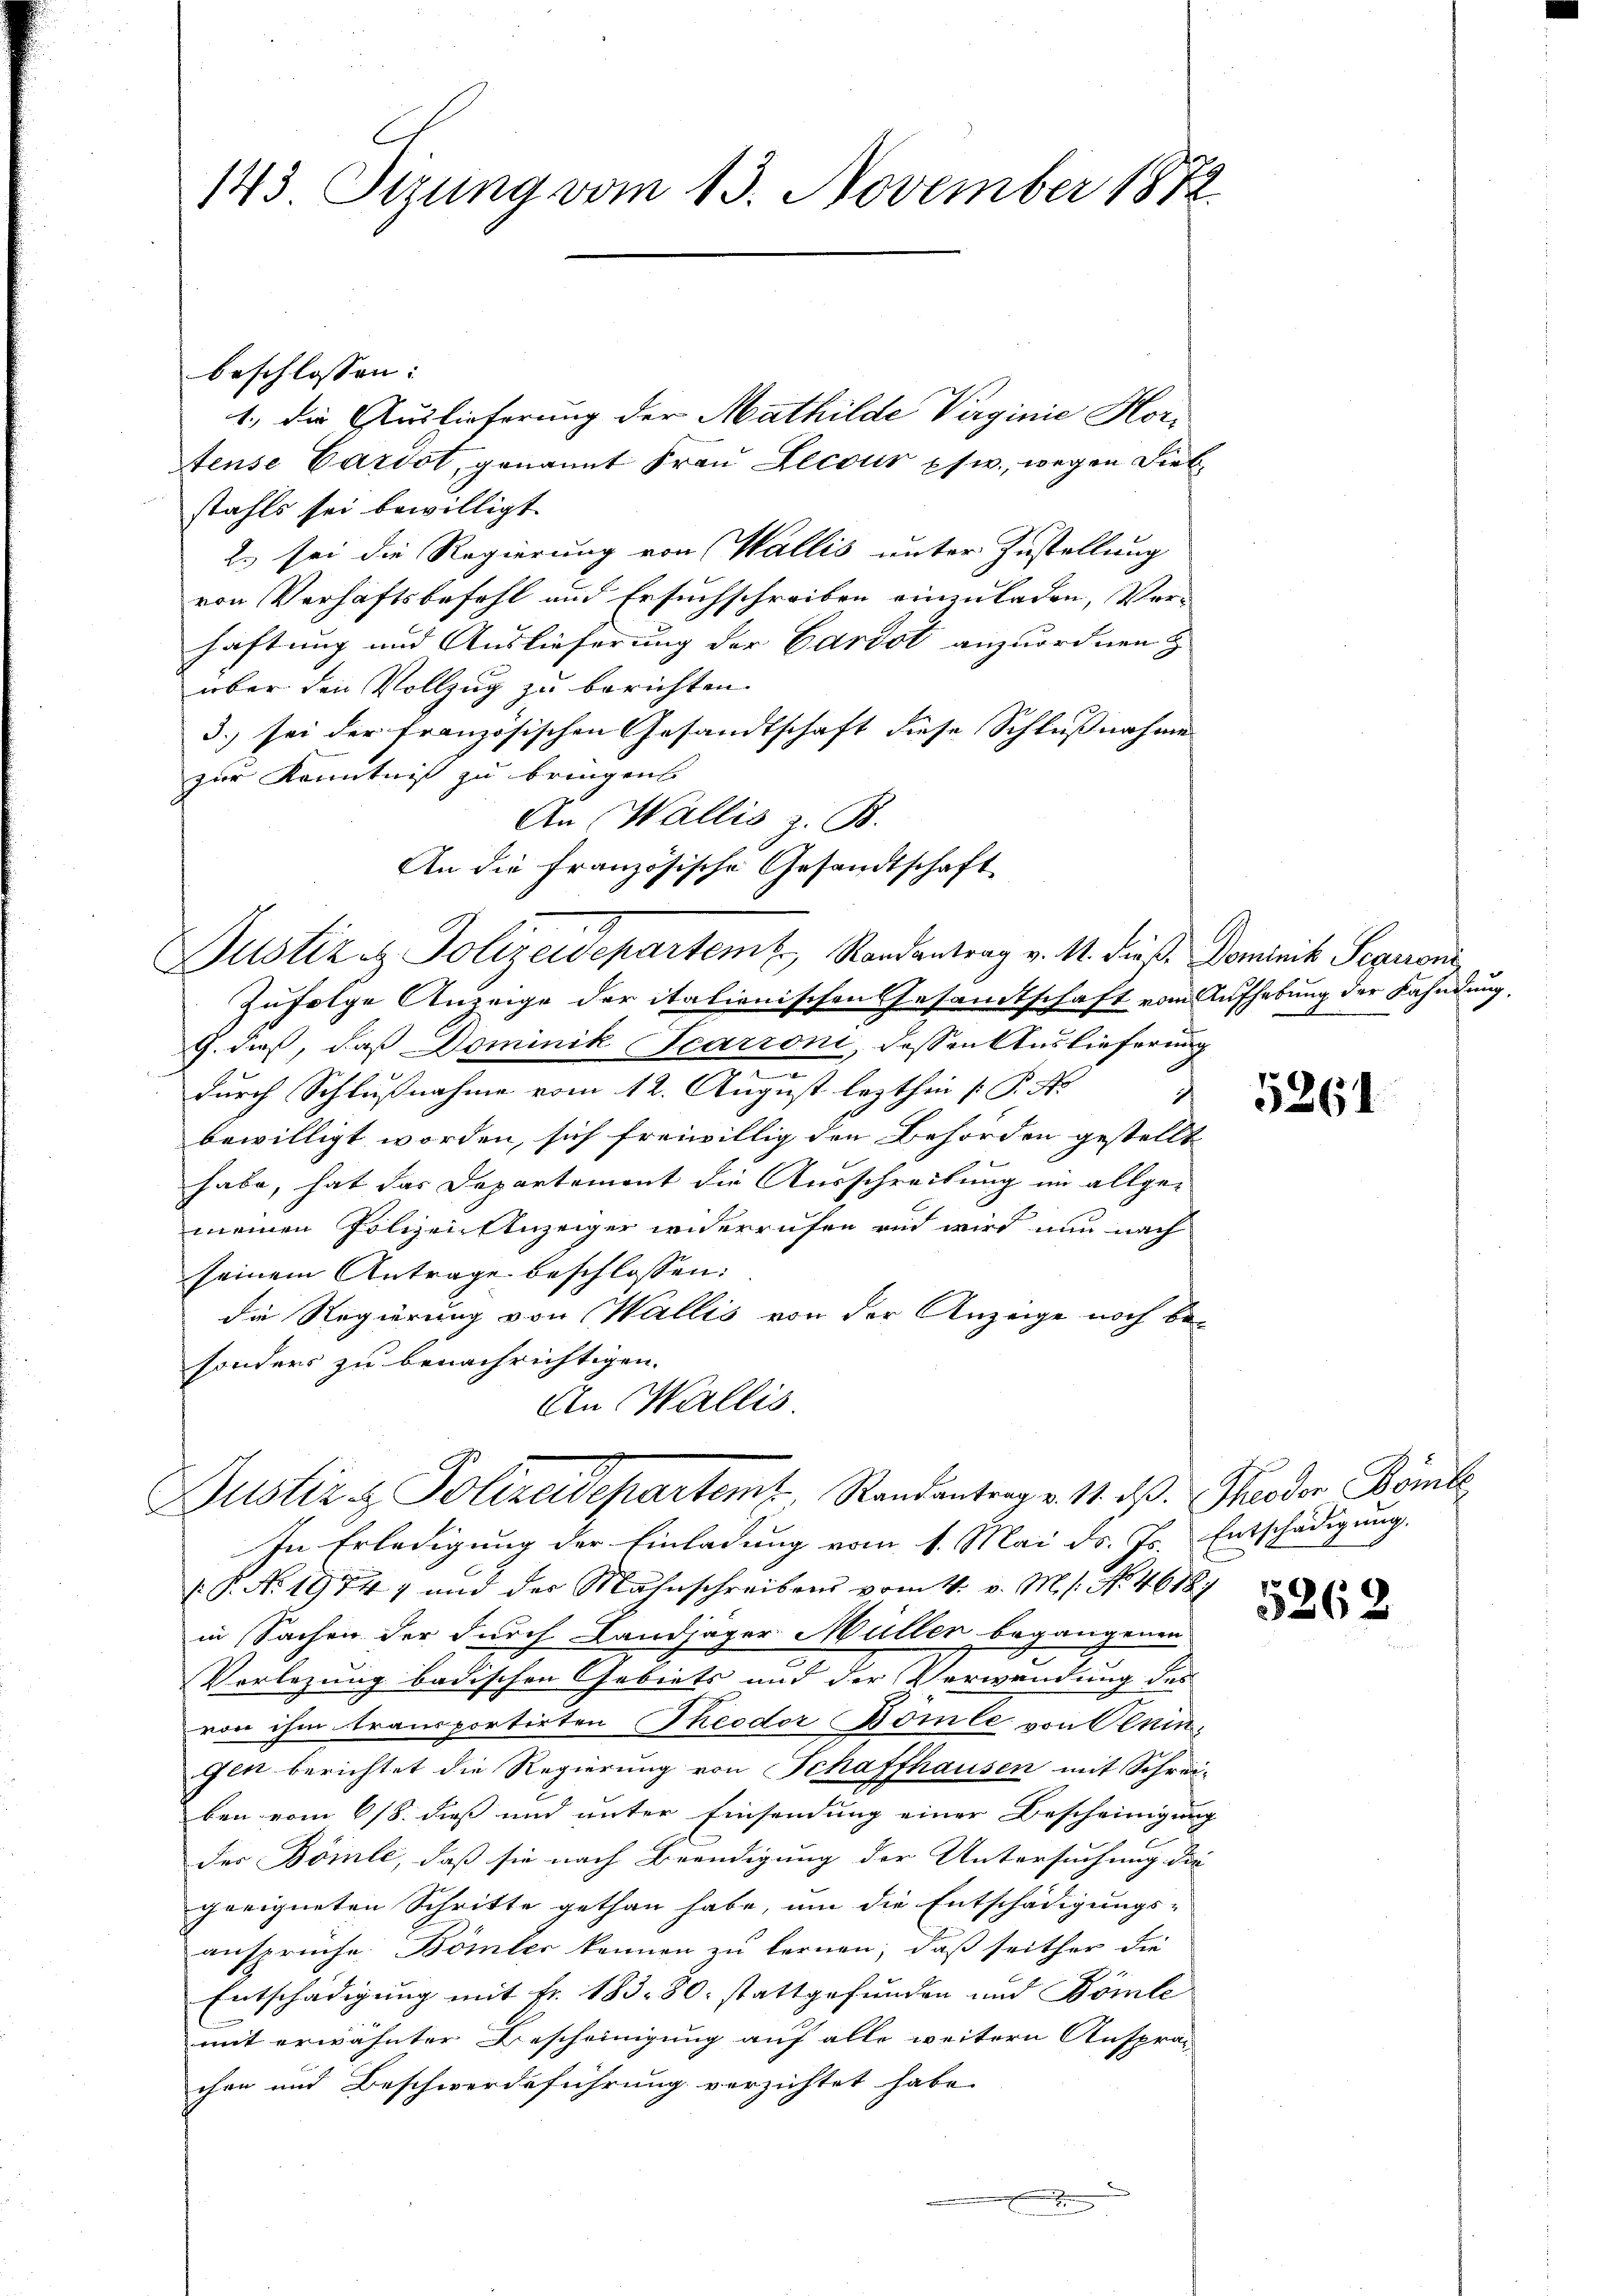
143 Sizung vom 13. November 1872

beschlossen:
1., die Auslieferung der Mathilde Virginie Hor-
fense Cardot, genannt Frau Lecour psw., wegen Diebstahls sei bewilligt.
2. sei die Regierung von Wallis unter Zustellung
von Verhäftsbefehl und Ersuchschreiben einzuladen, Vor-
haftung und Auslieferung der Cardot anzuordnen z
über den Vollzug zu berichten.
3.) sei der französischen Gesandtschaft diese Schlußnahme
zur Kenntniß zu bringens
An Wallis z. B.
An die französische Gesandtschaft
Justiz & Polizeidepartem Randantrag v. M. dieß Dominik Seperon
Zufolge Anzeige der italienischen Gesandtschaft vom Aufhebung der Kahndung,
G. dieß, daß Dominik Scarroni, dessen Auslieferung
n
¬
durch Schlußnahme vom 12. August lezthin [P. Nr.
bewilligt worden, sich freiwillig den Behörden gestellt
habe, hat das Departement die Ausschreibung im allgemeinen Polizei Anzeiger widerrufen und wird nun nach
seinem Antrage beschlossen:
die Regierung von Wallis von der Anzeige noch be-
sonders zu benachrichtigen.
An Wallis.

Justiz & Polizeidepartem Randantrag v. 14. ds. Theodor Röml

In Erledigung der Einladung vom 1. Mai d. Js. Entschädigung.
P. No 19747 und der Mahnschreibens vom 14. v. M. s. No. 4618)
in Sachen der durch Landjäger Müller begangenen
Vorlegung badischen Gebiets und der Verwendung des
von ihm transportirten Theodor Bömle von Peningen berichtet die Regierung von Schaffhausen mit Schrei-
ben vom 6/8. dieß und unter Einsendung einer Bescheinigung
der Bömle, daß sie nach Beendigung der Untersuchung die
geeigneten Schritte gethan habe, um die Entschädigungs-
ansprüche. Bömler können zu fernen, daß seither die
Entschädigung mit Fr. 183. 80. stattgefunden und Bömle
mit erwähnter Bescheinigung auf alle weitern Ansprac
chen und Beschwerdeführung verzichtet habe.

5261

5262